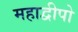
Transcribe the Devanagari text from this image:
महाद्वीपो